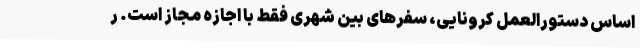
اساس دستورالعمل کرونایی، سفرهای بین شهری فقط با اجازه مجاز است. ر